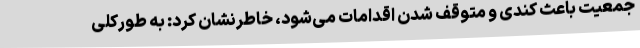
جمعیت باعث کندی و متوقف شدن اقدامات می‌شود، خاطرنشان کرد: به طورکلی